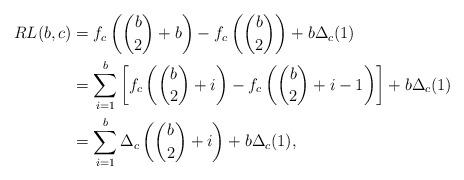
LaTeX: \begin{align*} RL(b,c)&=f_c\left(\binom{b}{2}+b\right)-f_c\left(\binom{b}{2}\right)+b\Delta_c(1)\\ &=\sum_{i=1}^b\left[f_c\left(\binom{b}{2} +i\right)-f_c\left(\binom{b}{2}+i-1\right)\right]+b\Delta_c(1)\\ &=\sum_{i=1}^b\Delta_c\left(\binom{b}{2}+i\right)+b\Delta_c(1), \end{align*}